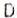
D